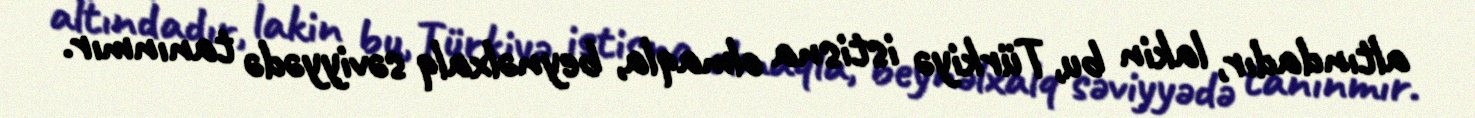
altındadır, lakin bu, Türkiyə istisna olmaqla, beynəlxalq səviyyədə tanınmır.